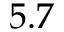
5 . 7